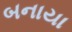
બનાયા